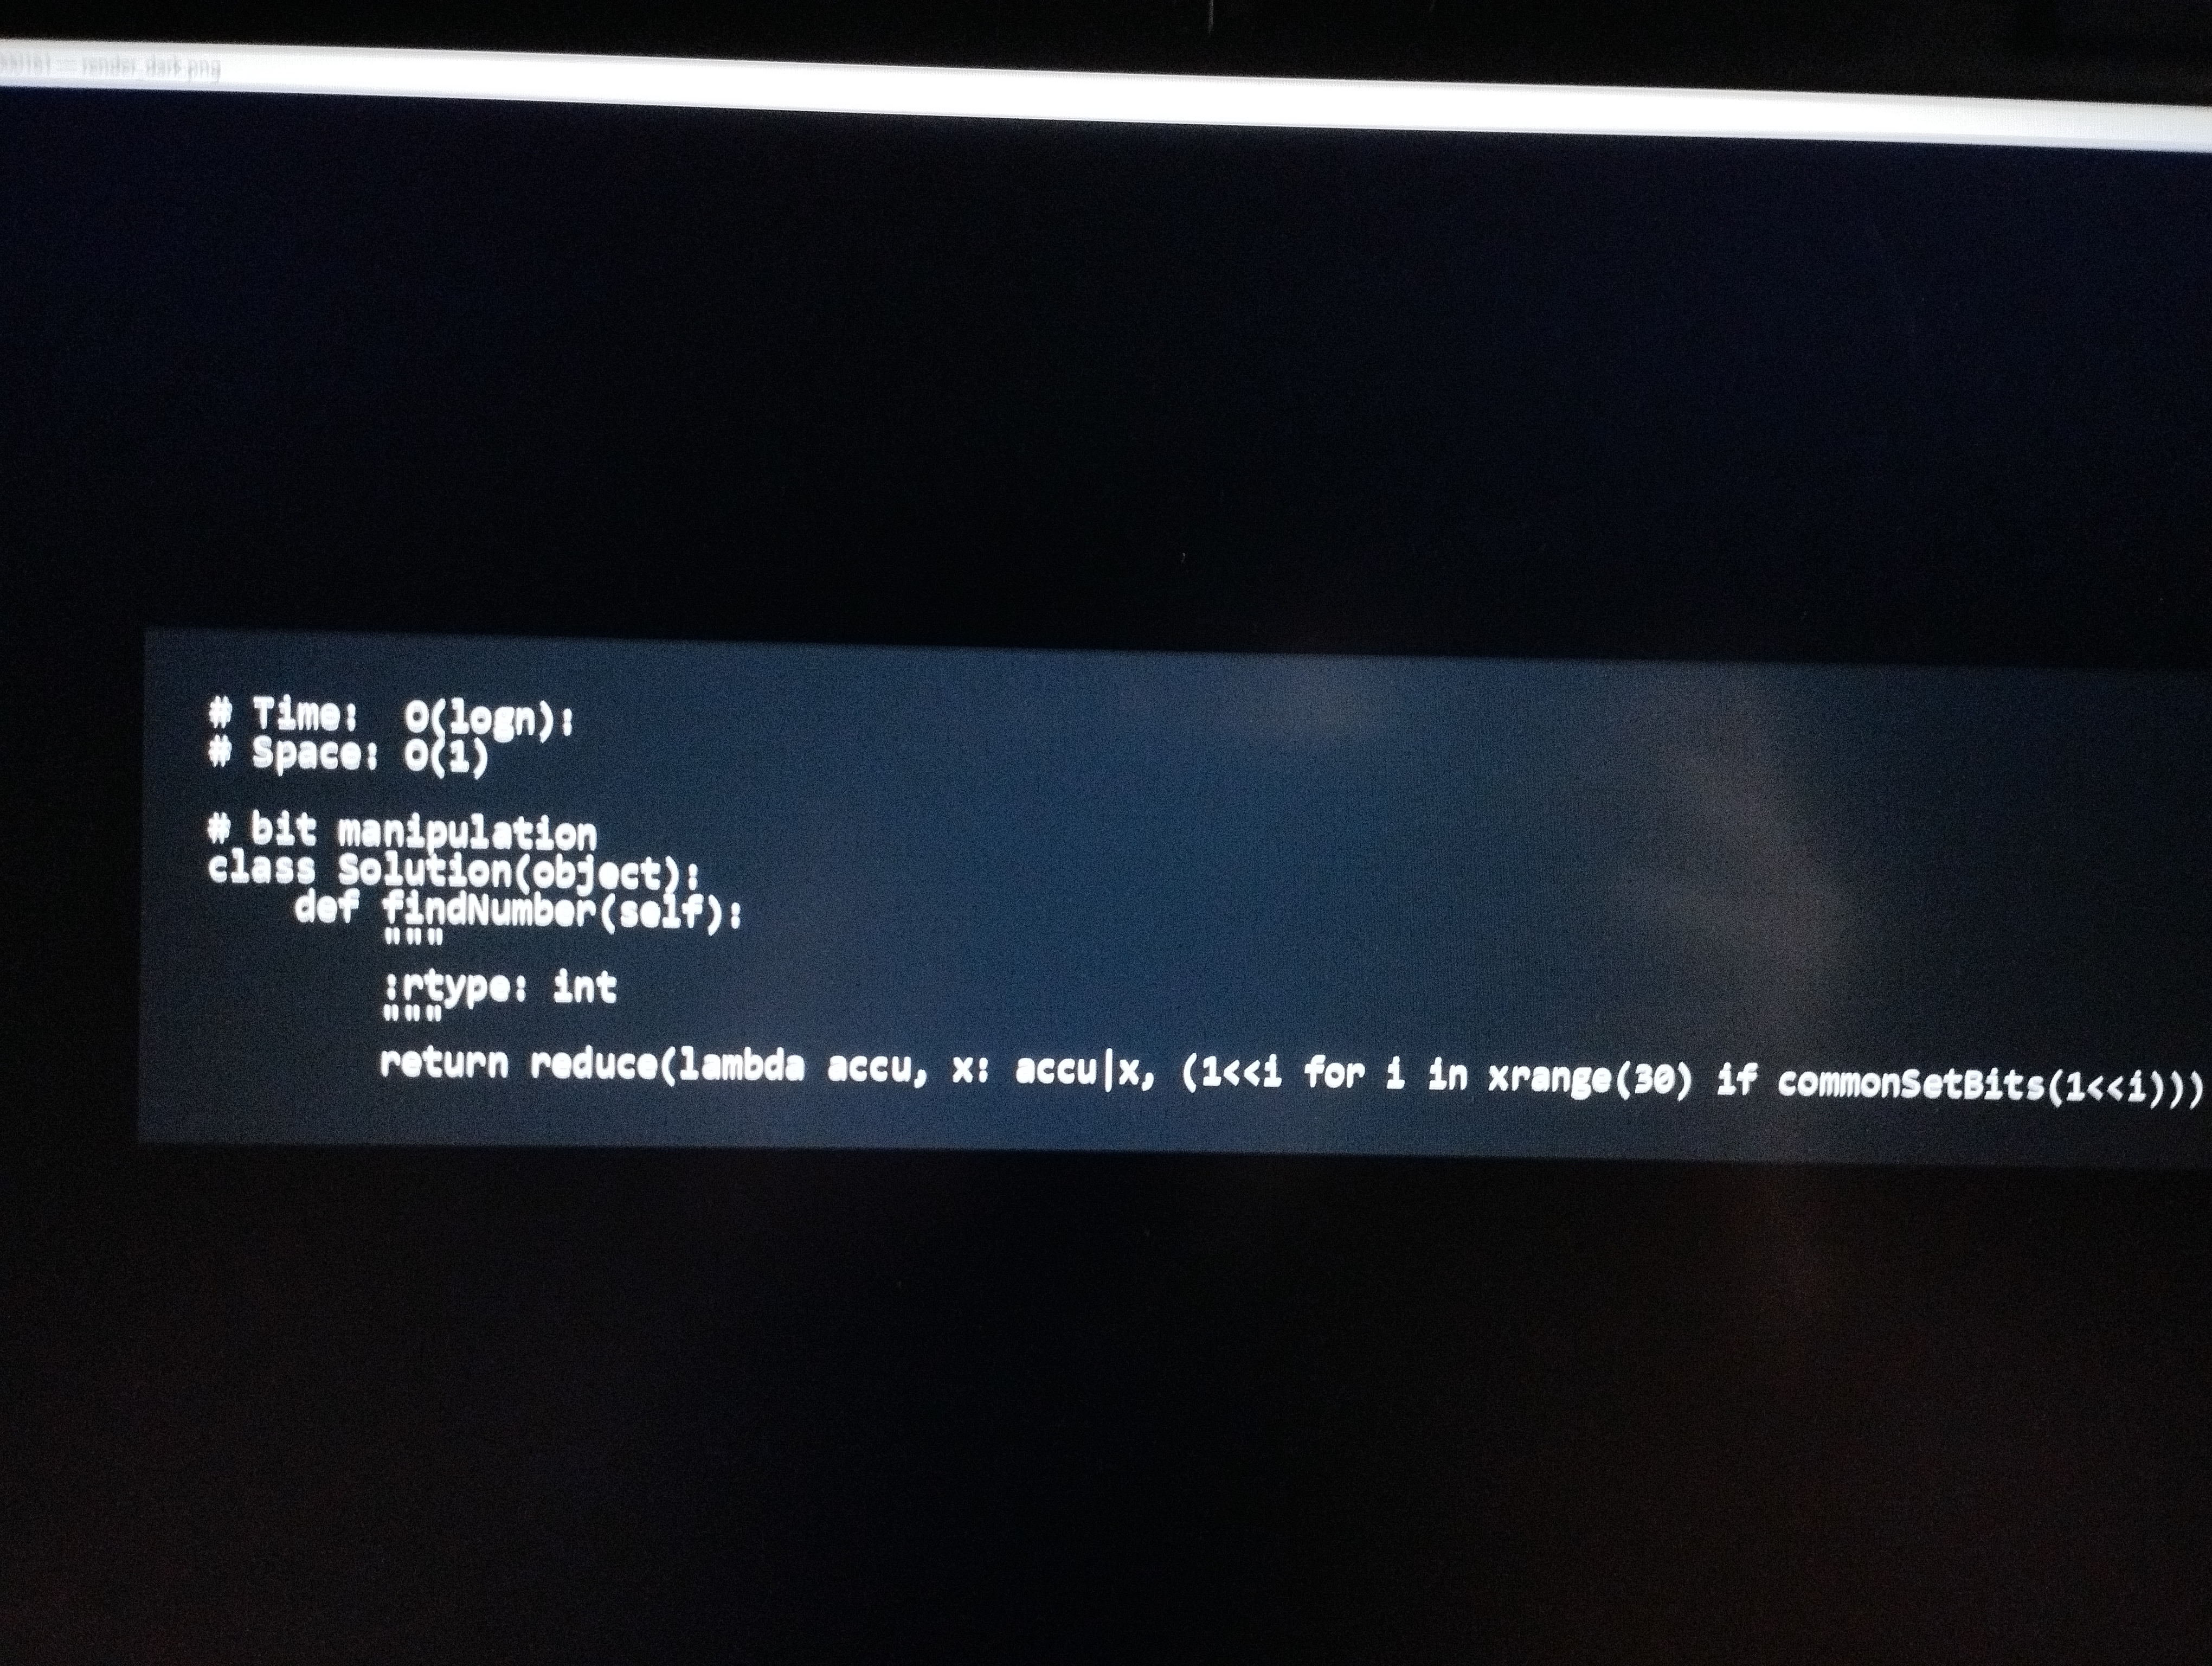
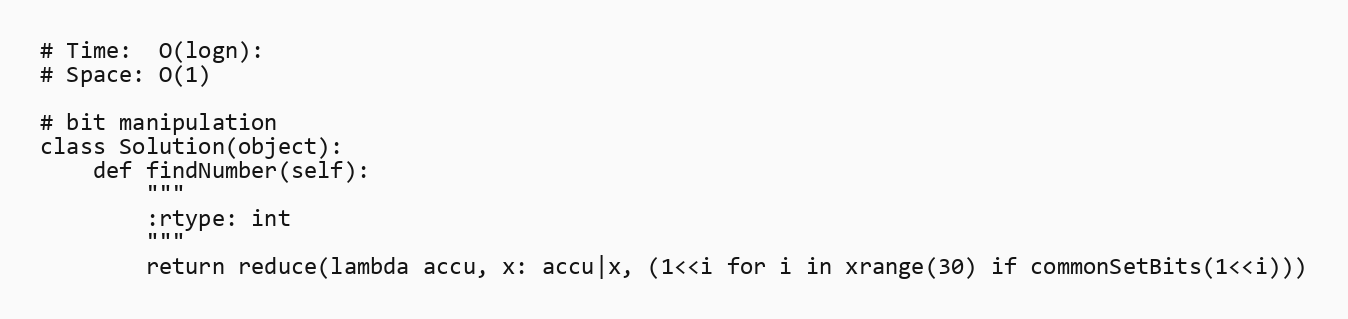
# Time:  O(logn):
# Space: O(1)

# bit manipulation
class Solution(object):
    def findNumber(self):
        """
        :rtype: int
        """
        return reduce(lambda accu, x: accu|x, (1<<i for i in xrange(30) if commonSetBits(1<<i)))